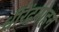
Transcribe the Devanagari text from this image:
धीरेंद्रमोहन